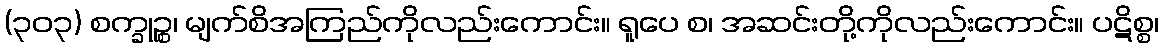
(၃၀၃) စက္ခုဉ္စ၊ မျက်စိအကြည်ကိုလည်းကောင်း။ ရူပေ စ၊ အဆင်းတို့ကိုလည်းကောင်း။ ပဋိစ္စ၊